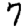
Digit: 7